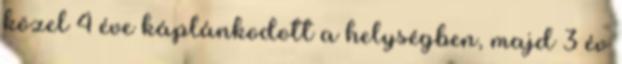
közel 4 éve káplánkodott a helységben, majd 3 év